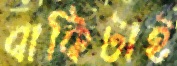
বাকিটাই